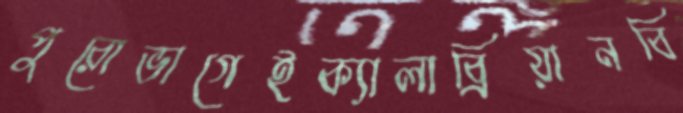
পুরোভাগেইক্যালাব্রিয়ানবি